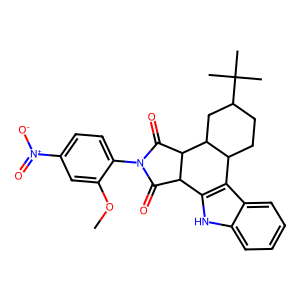
SMILES: COc1cc([N+](=O)[O-])ccc1N1C(=O)C2c3[nH]c4ccccc4c3C3CCC(C(C)(C)C)CC3C2C1=O
Inhibits HIV replication: No